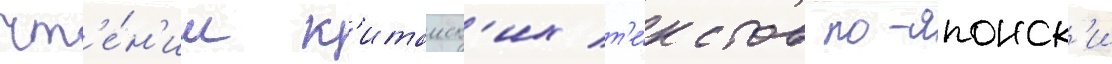
чт'е́н'ии к'итаиск'их т'е́кстов по-японск'и